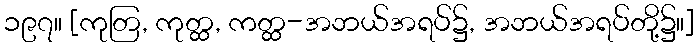
၁၉၇။ [ကုတြ, ကုတ္ထ, ကတ္ထ-အဘယ်အရပ်၌, အဘယ်အရပ်တို့၌။]